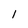
Character: 1